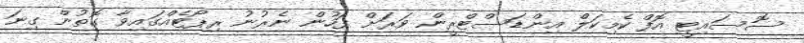
ސޮސައިޓީ އޮފް ކެމިކަލް އިންޑަސްޓްރީން ވަރަށް ފަހުން ނެރުނު ރިޕޯޓެއްގައިވާ ގޮތުން ގިނަ